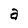
Character: a